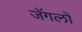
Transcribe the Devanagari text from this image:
जॅगलों